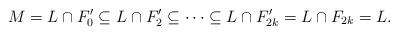
LaTeX: \begin{align*} M = L\cap F'_0 \subseteq L\cap F'_2 \subseteq \cdots \subseteq L\cap F'_{2k} = L\cap F_{2k} = L. \end{align*}